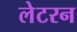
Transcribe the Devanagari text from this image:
लेटरन